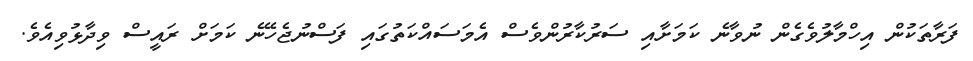
ފަރާތަކުން އިހްމާލުވެގެން ނުވާނެ ކަމަށާއި ސަރުކާރުންވެސް އެމަސައްކަތުގައި ފަސްނުޖެހޭނެ ކަމަށް ރައީސް ވިދާޅުވިއެވެ.